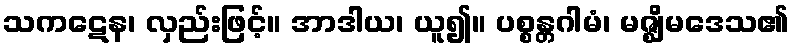
သကဋေန၊ လှည်းဖြင့်။ အာဒါယ၊ ယူ၍။ ပစ္စန္တဂါမံ၊ မဇ္ဈိမဒေသ၏